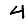
Digit: 4